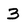
Character: 3